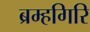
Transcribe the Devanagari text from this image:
ब्रम्हगिरि